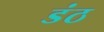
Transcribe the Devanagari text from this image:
डंठ